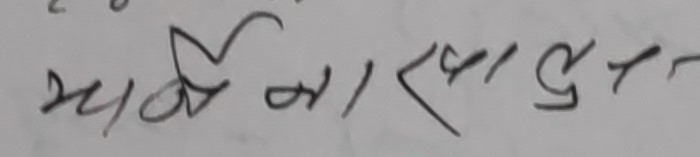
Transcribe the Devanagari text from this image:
भ्यर्दीना रका दूर